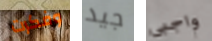
وفكرت جيد واجبى